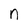
Character: n